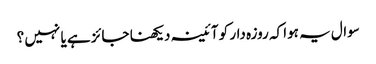
سوال یہ ہوا کہ روزہ دار کو آئینہ دیکھنا جائز ہے یا نہیں ؟